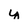
Character: y